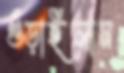
গুঁড়াইলাম